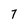
Character: 7